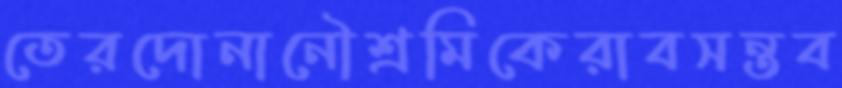
তেরদোনানৌশ্রমিকেরাবসন্তব